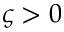
\varsigma > 0